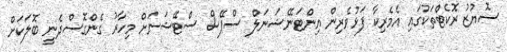
ސޮޔުޒު ރޮކެޓްތަކުގައި އެމެރިކާ ފަޅުވެރިން އިންޓަނޭޝަނަލް ސްޕޭސް ސްޓޭޝަނަށް މިހާރު ގެންގޮސްދެނީ ބޮލަކަށް